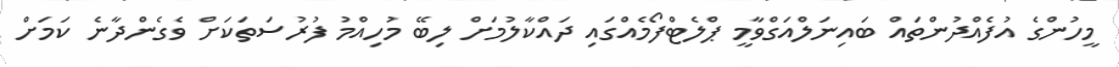
މީހުންގެ އުފެއްދުންތައް ބައިނަލްއަގްވާމީ ޕްލެޓްފޯމެއްގައި ދައްކާލުމަށް ލިބޭ މުހިއްމު ފުރުސަތަކަށް ވެގެންދާނެ ކަމަށް